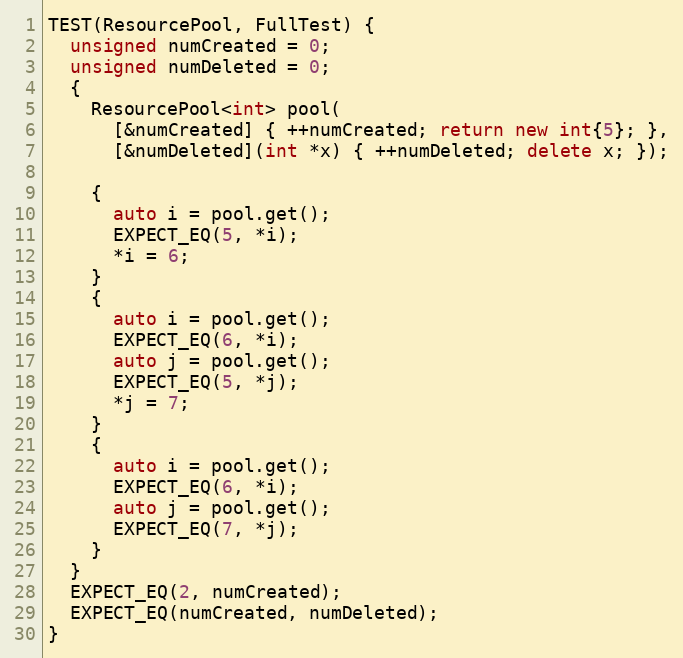
Language: C++
TEST(ResourcePool, FullTest) {
  unsigned numCreated = 0;
  unsigned numDeleted = 0;
  {
    ResourcePool<int> pool(
      [&numCreated] { ++numCreated; return new int{5}; },
      [&numDeleted](int *x) { ++numDeleted; delete x; });

    {
      auto i = pool.get();
      EXPECT_EQ(5, *i);
      *i = 6;
    }
    {
      auto i = pool.get();
      EXPECT_EQ(6, *i);
      auto j = pool.get();
      EXPECT_EQ(5, *j);
      *j = 7;
    }
    {
      auto i = pool.get();
      EXPECT_EQ(6, *i);
      auto j = pool.get();
      EXPECT_EQ(7, *j);
    }
  }
  EXPECT_EQ(2, numCreated);
  EXPECT_EQ(numCreated, numDeleted);
}